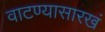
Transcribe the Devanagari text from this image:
वाटण्यासारखं